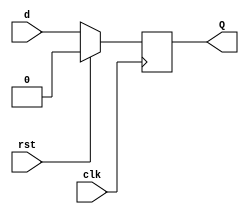
// Code your design here
module dff(Q,d,rst,clk);
  input d,rst,clk;
  output reg Q;
  always@(posedge clk)
    if (rst)
      Q <= 0;
     else
       Q <= d;
endmodule
module freq_div_10(Q,rst,clk);
  input clk,rst;
  output Q;
  wire [3:0] t;
  assign Q = t[3];
  dff f0(t[0],(~t[2])&(~t[0]),rst,clk);
  dff f1(t[1],(~t[2]&~t[1]&t[0])|(~t[2]&t[1]&~t[0]),rst,clk);
  dff f2(t[2],(~t[2]&t[1]&t[0]),rst,clk);
  dff f3(t[3],(t[3]&~t[2])|(~t[3]&t[2]&~t[1]&~t[0]),rst,clk);
endmodule